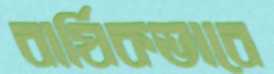
বার্ষিকভাবে